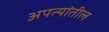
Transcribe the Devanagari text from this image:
अपत्यांतील